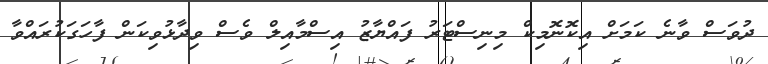
ދުވަސް ވާނެ ކަމަށް އިކޮނޮމިކް މިނިސްޓަރު ފައްޔާޒު އިސްމާއިލް ވެސް ވިދާޅުވިކަން ފާހަގަކުރައްވާ